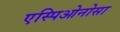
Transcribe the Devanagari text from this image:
एस्पिओनोसा